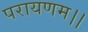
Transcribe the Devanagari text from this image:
परायणम।।